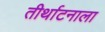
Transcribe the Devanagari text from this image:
तीर्थाटनाला